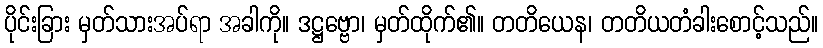
ပိုင်းခြား မှတ်သားအပ်ရာ အခါကို။ ဒဋ္ဌဗ္ဗော၊ မှတ်ထိုက်၏။ တတိယေန၊ တတိယတံခါးစောင့်သည်။